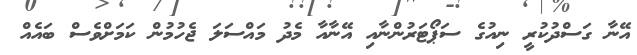
އޭނާ ގަސްދުކުރީ ނިއުގެ ސަޕޯޓަރުންނާއި އޭނާއާ މެދު މައްސަލަ ޖެހުމުން ކަމަށްވެސް ބައެއް